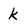
Character: k